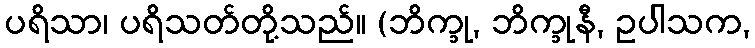
ပရိသာ၊ ပရိသတ်တို့သည်။ (ဘိက္ခု, ဘိက္ခုနီ, ဥပါသက,